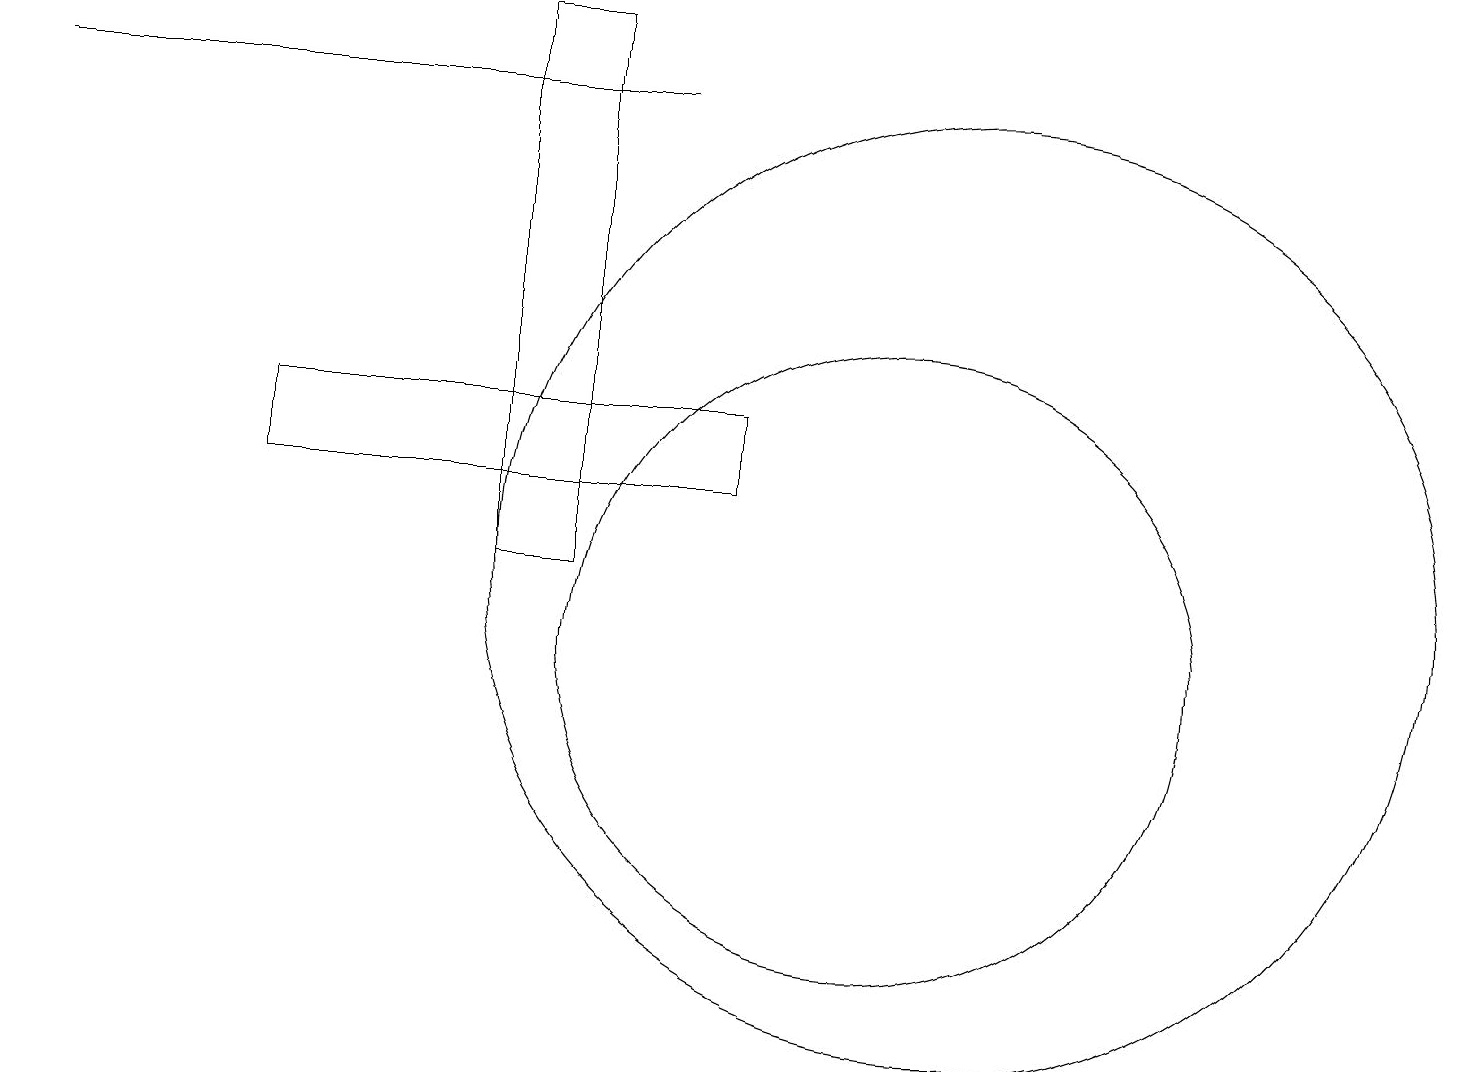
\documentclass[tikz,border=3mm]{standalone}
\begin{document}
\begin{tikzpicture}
\draw (0,18) rectangle (8,18);
\draw (7,12) rectangle (6,19);
\draw (12,12) circle (6);
\draw (9,14) rectangle (3,13);
\draw (7,18) rectangle (6,19);
\draw (11,11) circle (4);
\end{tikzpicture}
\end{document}